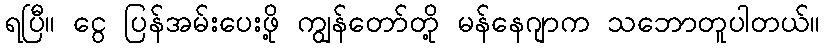
ရပြီ။ ငွေ ပြန်အမ်းပေးဖို့ ကျွန်တော်တို့ မန်နေဂျာက သဘောတူပါတယ်။